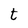
Character: t